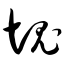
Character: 块